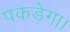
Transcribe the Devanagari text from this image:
पकड़ेगा।